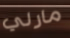
مارلي